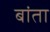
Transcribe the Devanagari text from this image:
बांता